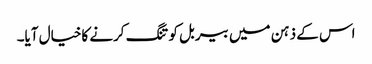
اس کے ذہن میں بیربل کو تنگ کرنے کاخیال آیا۔